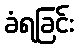
ခံရခြင်း